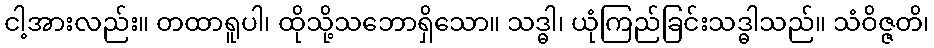
ငါ့အားလည်း။ တထာရူပါ၊ ထိုသို့သဘောရှိသော။ သဒ္ဓါ၊ ယုံကြည်ခြင်းသဒ္ဓါသည်။ သံဝိဇ္ဇတိ၊